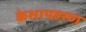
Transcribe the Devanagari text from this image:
केशापहरण